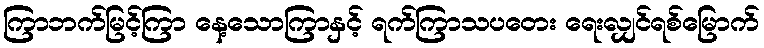
ကြာဘက်မြင့်ကြာ နေ့သောကြာနှင့် ရက်ကြာသပတေး ရေးလျှင်ရစ်မြောက်